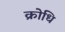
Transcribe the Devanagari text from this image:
क्रोधि